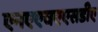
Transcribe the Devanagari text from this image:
एनएएचएएसडीए